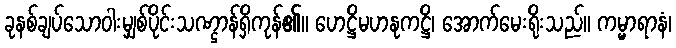
ခုနစ်ချပ်သောဝါးမျှစ်ပိုင်းသဏ္ဌာန်ရှိကုန်၏။ ဟေဋ္ဌိမဟနုကဋ္ဌိ၊ အောက်မေးရိုးသည်။ ကမ္မာရာနံ၊